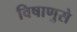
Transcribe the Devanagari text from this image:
विषाणुसे